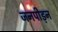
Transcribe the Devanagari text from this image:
जनपीड़न